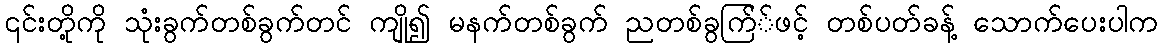
၎င်းတို့ကို သုံးခွက်တစ်ခွက်တင် ကျို၍ မနက်တစ်ခွက် ညတစ်ခွက်ြ်ဖင့် တစ်ပတ်ခန့် သောက်ပေးပါက